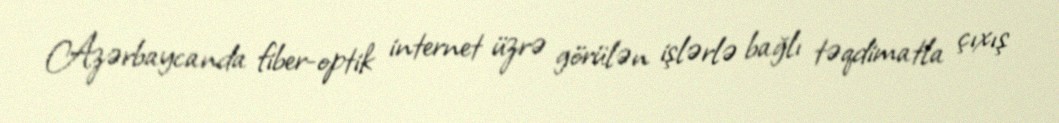
Azərbaycanda fiber-optik internet üzrə görülən işlərlə bağlı təqdimatla çıxış